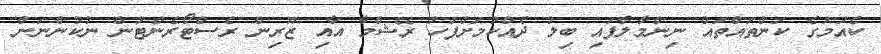
ކެއުމުގެ ކަންތައްތައް ނިންމާލާފައި ބިލު ދެއްކުމަށްފަހު ރޭޝްމާ އާއި ޒޫރިން ރެސްޓޯރެންޓުން ނުކުންނަން